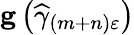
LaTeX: \mathbf{g}\left(\widehat{\gamma}_{\left(m+n\right)\varepsilon}\right)